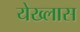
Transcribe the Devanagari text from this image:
येख्लास